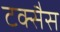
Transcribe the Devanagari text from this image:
टक्सैस